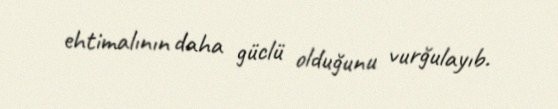
ehtimalının daha güclü olduğunu vurğulayıb.